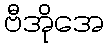
ဗီအိုအေ